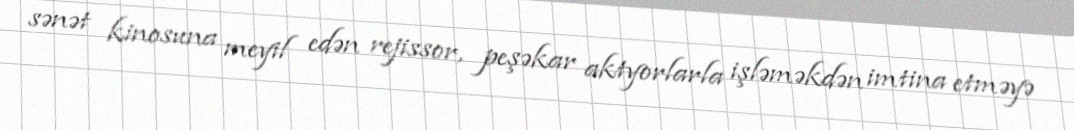
sənət kinosuna meyil edən rejissor, peşəkar aktyorlarla işləməkdən imtina etməyə